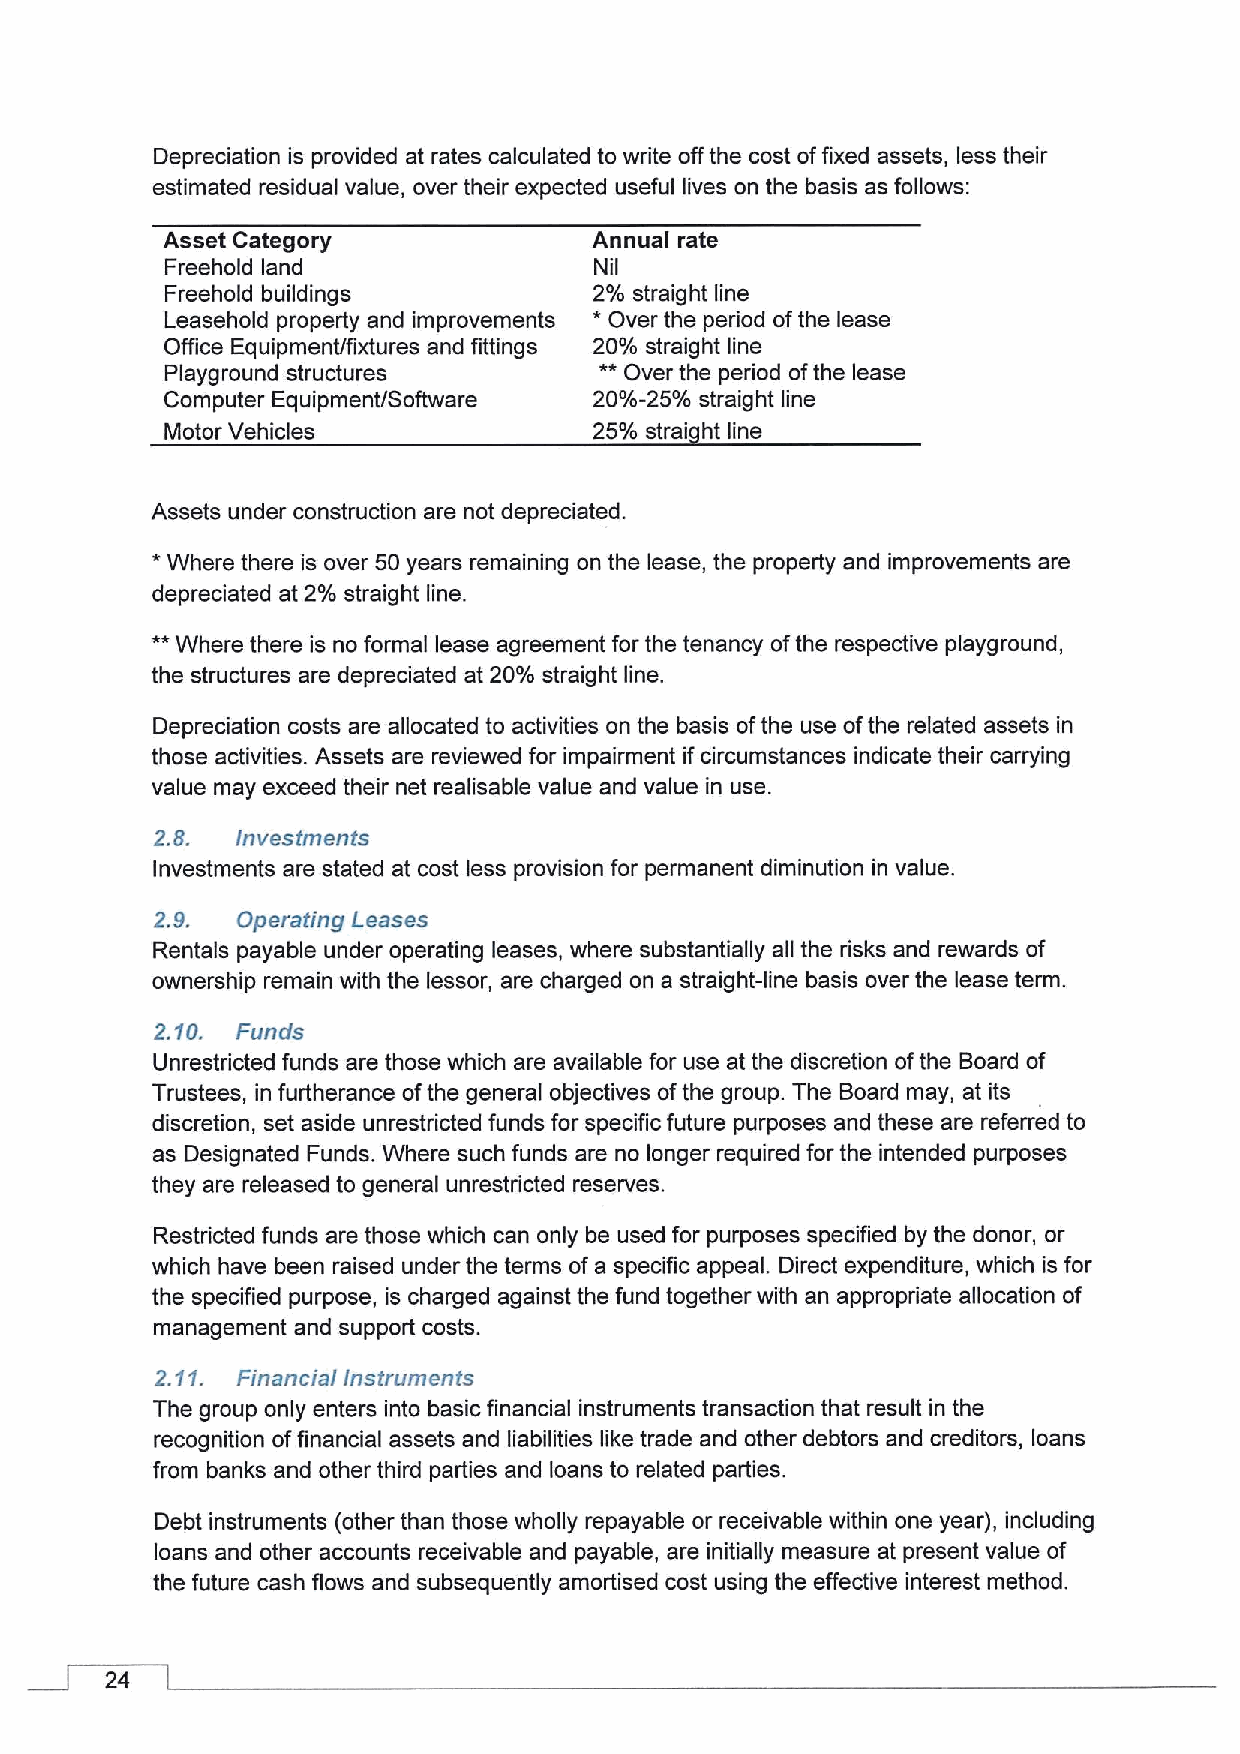
Depreciation is provided at rates calculated to write offthe cost offixed assets, less their
 estimated residual value, over their expected useful lives on the basis as follows:
 Asset Category              Annual rate
 Freehold land               Nil
 Freehold buildings          2% straight line
 *
 Leasehold property and improvements Over the period ofthe lease
 Office Equipment/fixtures and fittings 20% straight line
 **
 Playground structures         Over the period ofthe lease
 Computer Equipment/Software 20%-25% straight line
 Motor Vehicles              25% strai ht line
 Assets under construction are not depreciated
 *
 Where there is over 50 years remaining on the lease, the property and improvements are
 depreciated at 2% straight line.
 **
 Where there is no formal lease agreement for the tenancy ofthe respective playground,
 the structures are depreciated at 20% straight line.
 Depreciation costs are allocated to activities on the basis ofthe use ofthe related assets in
 those activities. Assets are reviewed for impairment ifcircumstances indicate their carrying
 value may exceed their net realisable value and value in use.
 2.8.  Investments
 Investments are stated at cost less provision for permanent diminution in value.
 2.9.  Operating Leases
 Rentals payable under operating leases, where substantially all the risks and rewards of
 ownership remain with the lessor, are charged on a straight-line basis over the lease term.
 2.10. Funds
 Unrestricted funds are those which are available for use at the discretion ofthe Board of
 Trustees, in furtherance ofthe general objectives ofthe group. The Board may, at its
 discretion, set aside unrestricted funds for specific future purposes and these are referred to
 as Designated Funds. Where such funds are no longer required for the intended purposes
 they are released to general unrestricted reserves.
 Restricted funds are those which can only be used for purposes specified by the donor, or
 which have been raised under the terms ofa specific appeal. Direct expenditure, which is for
 the specified purpose, is charged against the fund together with an appropriate allocation of
 management and support costs.
 2.11. Financial Instruments
 The group only enters into basic financial instruments transaction that result in the
 recognition offinancial assets and liabilities like trade and other debtors and creditors, loans
 from banks and other third parties and loans to related parties.
 Debt instruments (other than those wholly repayable or receivable within one year), including
 loans and other accounts receivable and payable, are initially measure at present value of
 the future cash flows and subsequently amortised cost using the effective interest method.
 24